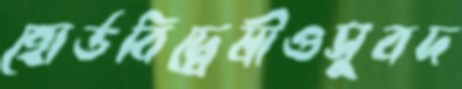
হোর্ডবিদ্বেষীওসুবদ